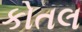
કોતલ